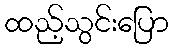
ထည့်သွင်းပြော